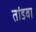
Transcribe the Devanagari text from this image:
तांडवा